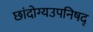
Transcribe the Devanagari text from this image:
छांदोग्यउपनिषद्